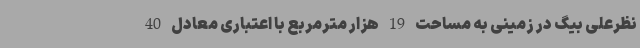
نظرعلی بیگ در زمینی به مساحت 19 هزار مترمربع با اعتباری معادل 40